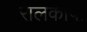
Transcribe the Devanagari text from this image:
रालकापा